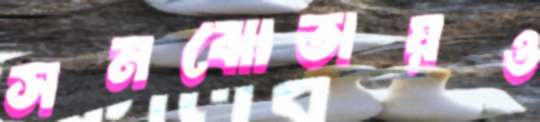
সমঝোতায়ও